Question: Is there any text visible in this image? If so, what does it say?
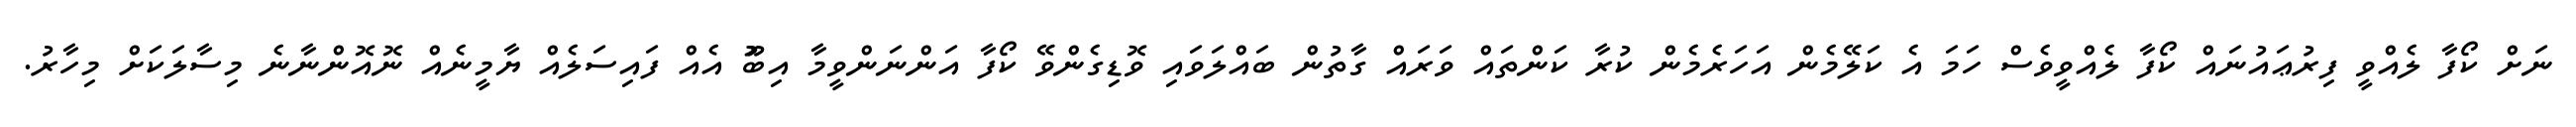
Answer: ނަށް ކޯފާ ލެއްވީ ފިރުޢައުނައް ކޯފާ ލެއްވީވެސް ހަމަ އެ ކަލޭމެން އަހަރެމެން ކުރާ ކަންތައް ވަރައް ގާތުން ބައްލަވައި ވޮޑިގެންވޭ ކޯފާ އަންނަންވީމާ އިބޫު އެއް ފައިސަލެއް ޔާމީނެއް ނޮއޮންނާނެ މިސާލަކަށް މިހާރު.